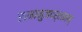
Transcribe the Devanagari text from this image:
रामानुजदर्शनम्